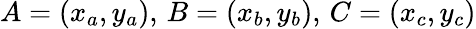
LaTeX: A=(x_{a},y_{a}),\, B=(x_{b},y_{b}),\, C=(x_{c},y_{c})